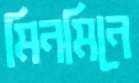
মিনমিনে